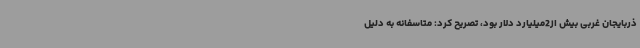
ذربایجان غربی بیش از2میلیارد دلار بود، تصریح کرد: متاسفانه به دلیل